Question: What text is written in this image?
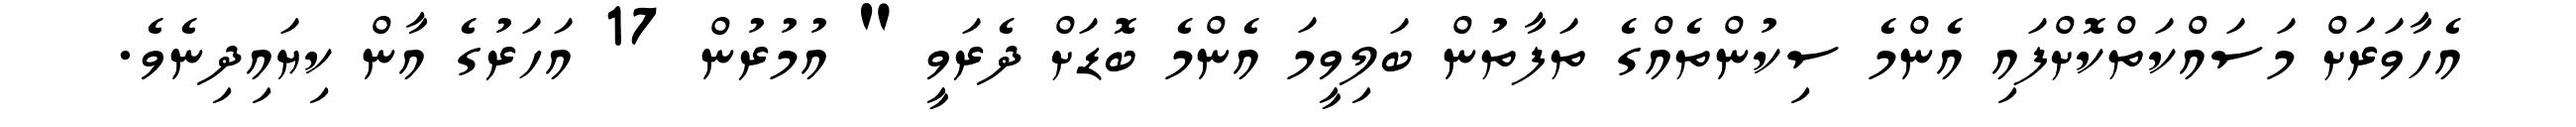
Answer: އެހާވަރަށް މަސައްކަތްކޮށްފައި އެންމެ ސިކުންތެއްގެ ތަފާތުން ބަލިވީމަ އެންމެ ބޮޑަށް ދެރަވީ " އުމުރުން 17 އަހަރުގެ އާން ކިޔައިދިނެވެ.